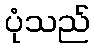
ပုံသည်